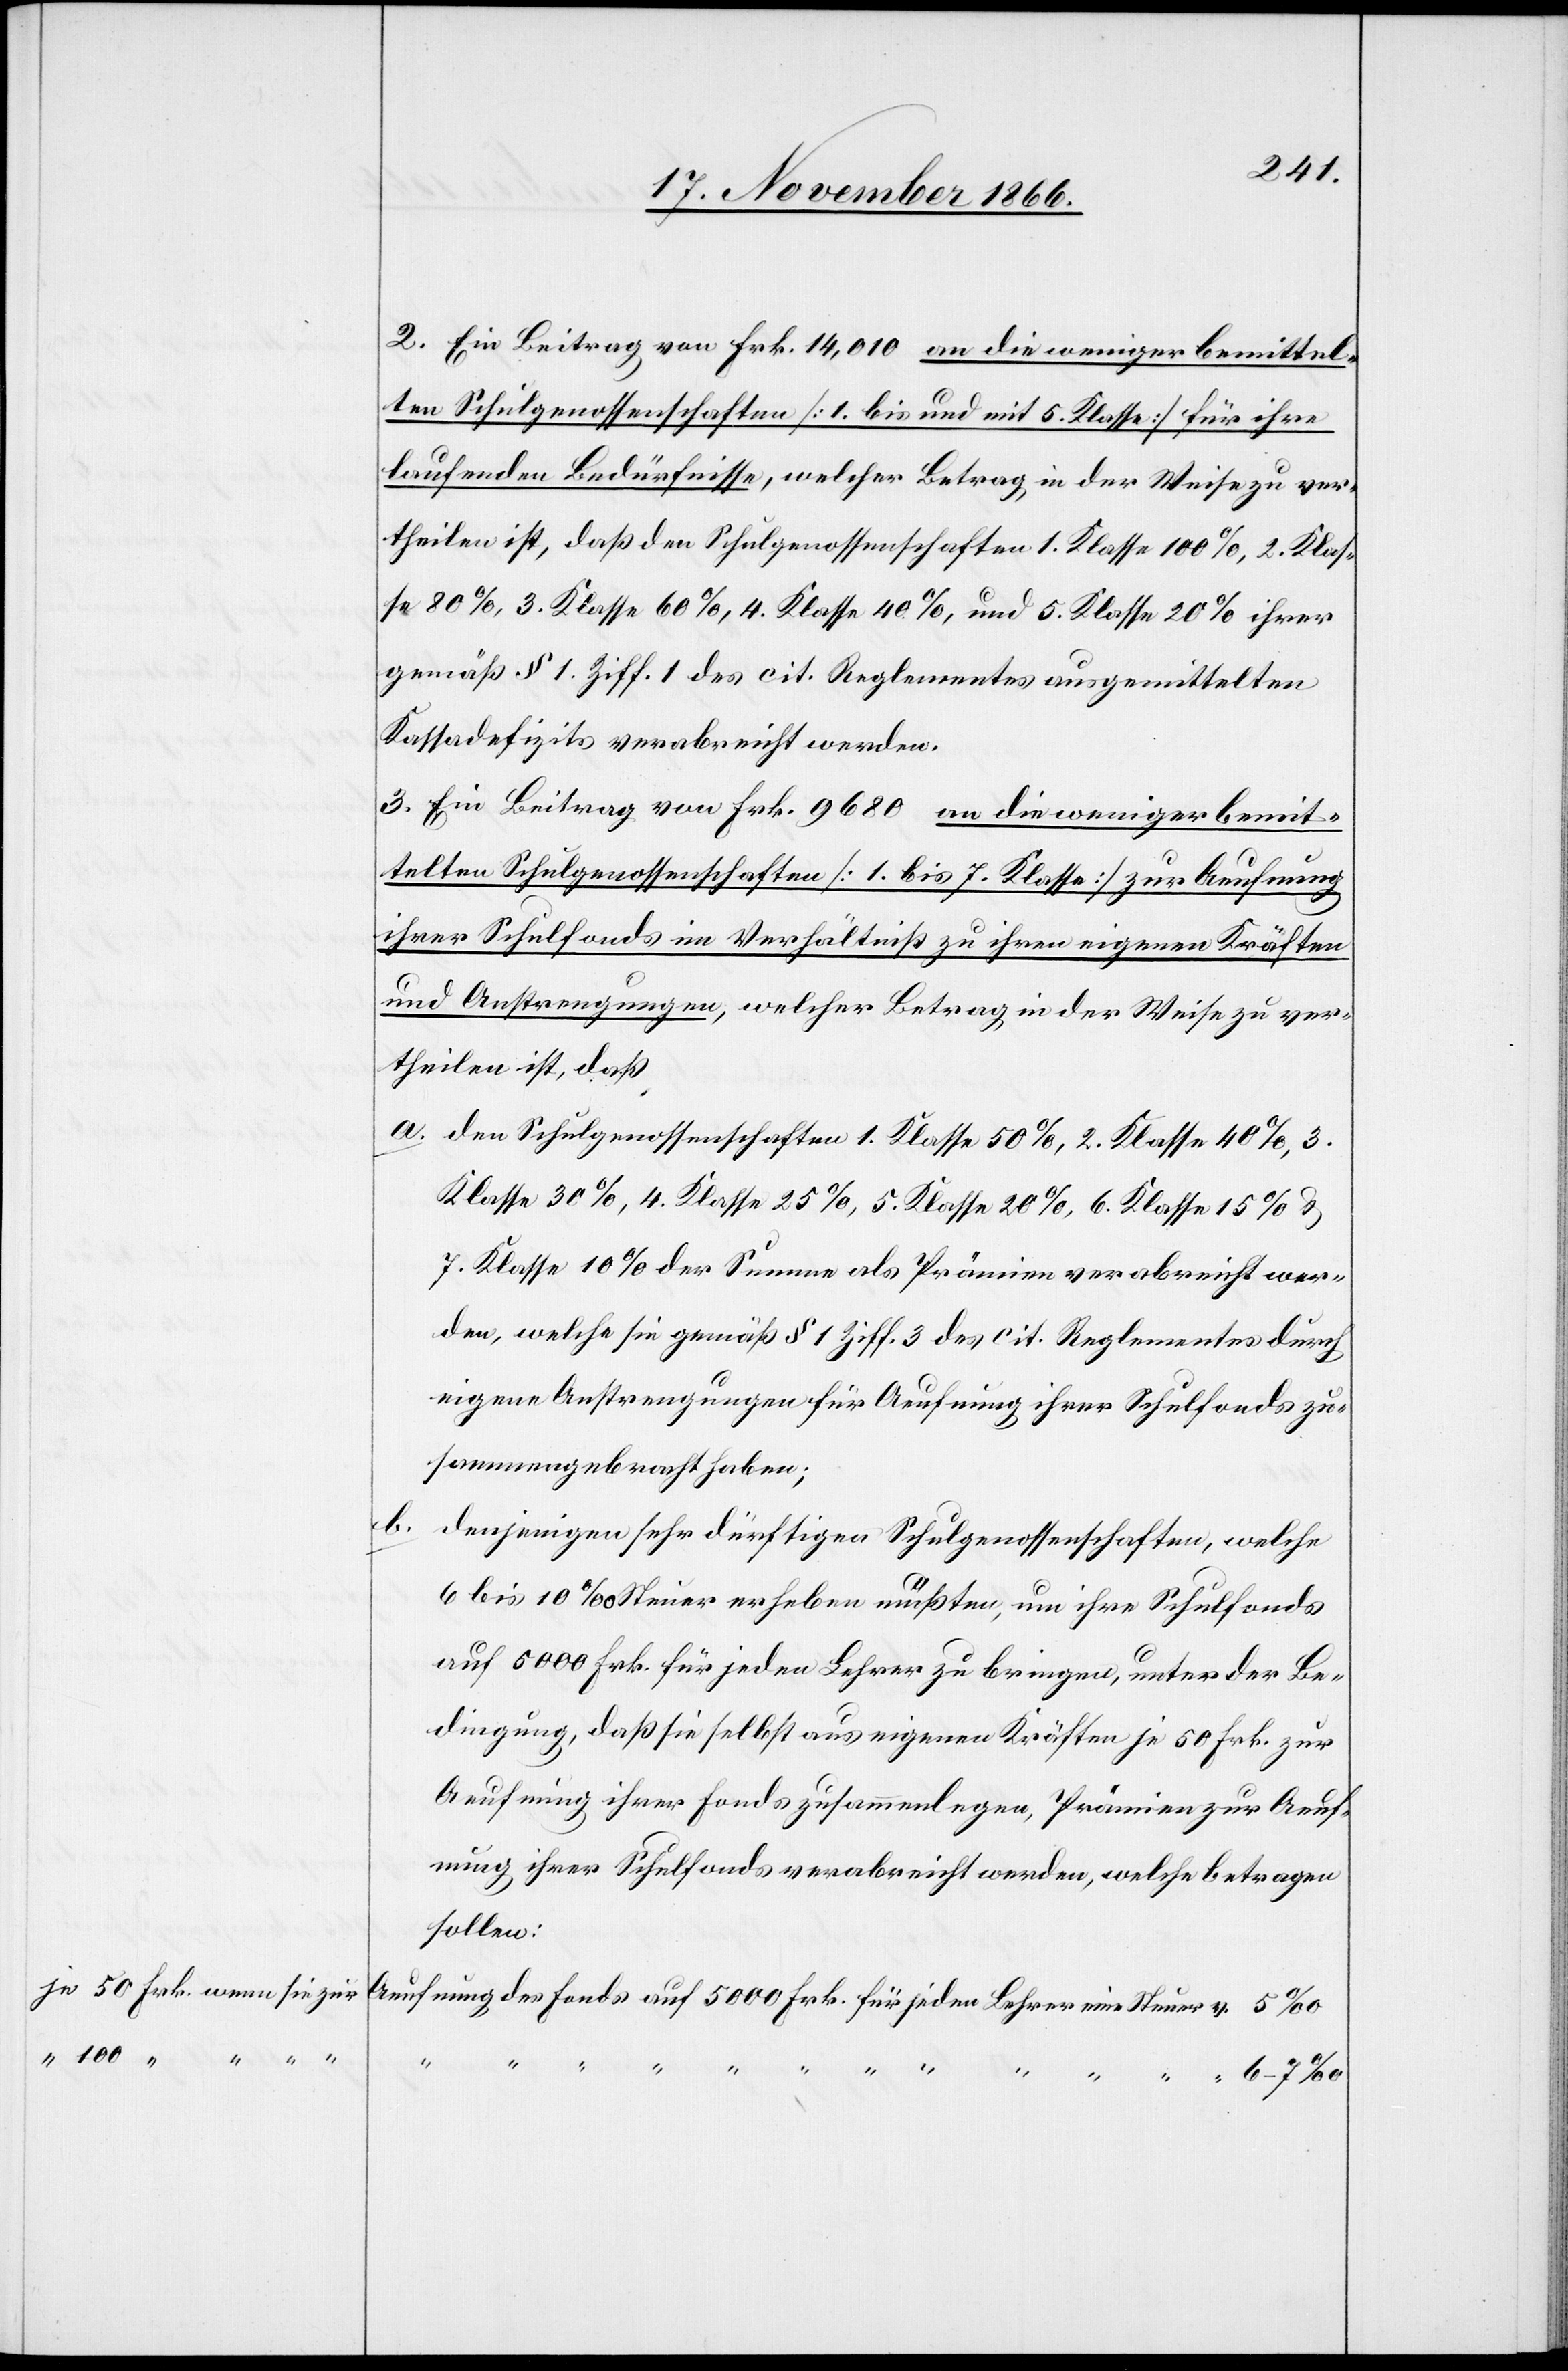
je 50 Frk. wenn sie zur

2. Ein Beitrag von Frk. 14 010 an die weniger bemittel¬
ten Schulgenossenschaften [1. bis und mit 5. Klasse] für ihre
laufenden Bedürfnisse, welcher Betrag in der Weise zu ver¬
theilen ist, daß den Schulgenossenschaften 1. Klasse 100%, 2. Klas¬
se 80%, 3. Klasse 60%, 4. Klasse 40%, 5. Klasse 20% ihrer
gemäß § 1 Ziff. 1 des cit. Reglementes ausgemittelten
Kassadefizits verabreicht werden.
3. Ein Beitrag von Frk. 9680 an die weniger bemit¬
telten Schulgenossenschaften [1. bis 7. Klasse] zur Aeufnung
ihrer Schulfonds im Verhältniß zu ihren eigenen Kräften
und Anstrengungen, welcher Betrag in der Weise zu ver¬
theilen ist, daß
a. den Schulgenossenschaften 1. Klasse 50%, 2. Klasse 40%, 3.
Klasse 30%, 4. Klasse 25%, 5. Klasse 20%, 6. Klasse 15% &
7. Klasse 10% der Summe als Prämien verabreicht wer¬
den, welche sie gemäß § 1 Ziff. 3 des cit. Reglementes durch
eigene Anstrengungen für Aeufnung ihrer Schulfonds zu¬
sammengebracht haben;
denjenigen sehr dürftigen Schulgenossenschaften, welche
6 bis 10‰ Steuer erheben müßten, um ihre Schulfonds
auf 5000 Frk. für jeden Lehrer zu bringen, unter der Be¬
dingung, daß sie selbst aus eigenen Kräften je 50 Frk. zur
Aeufnung ihrer Fonds zusammenlegen, Prämien zur Aeuf¬
nung ihrer Schulfonds verabreicht werden, welche betragen
sollen:
Aeufnung des Fonds auf 5000 Frk. für jeden Lehrer eine Steuer v.5‰